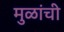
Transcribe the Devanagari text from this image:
मुळांची